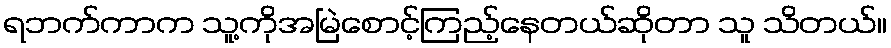
ရဘက်ကာက သူ့ကိုအမြဲစောင့်ကြည့်နေတယ်ဆိုတာ သူ သိတယ်။